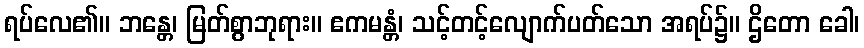
ရပ်လေ၏။ ဘန္တေ၊ မြတ်စွာဘုရား။ ဧကမန္တံ၊ သင့်တင့်လျောက်ပတ်သော အရပ်၌။ ဌိတော ခေါ၊